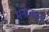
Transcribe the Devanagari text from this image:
मनाकदा